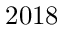
2 0 1 8